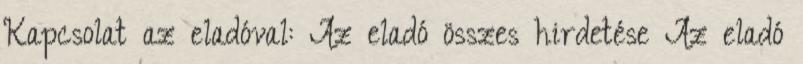
Kapcsolat az eladóval: Az eladó összes hirdetése Az eladó